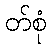
တ်စုံ